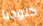
كلوديا